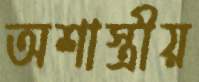
অশাস্ত্রীয়